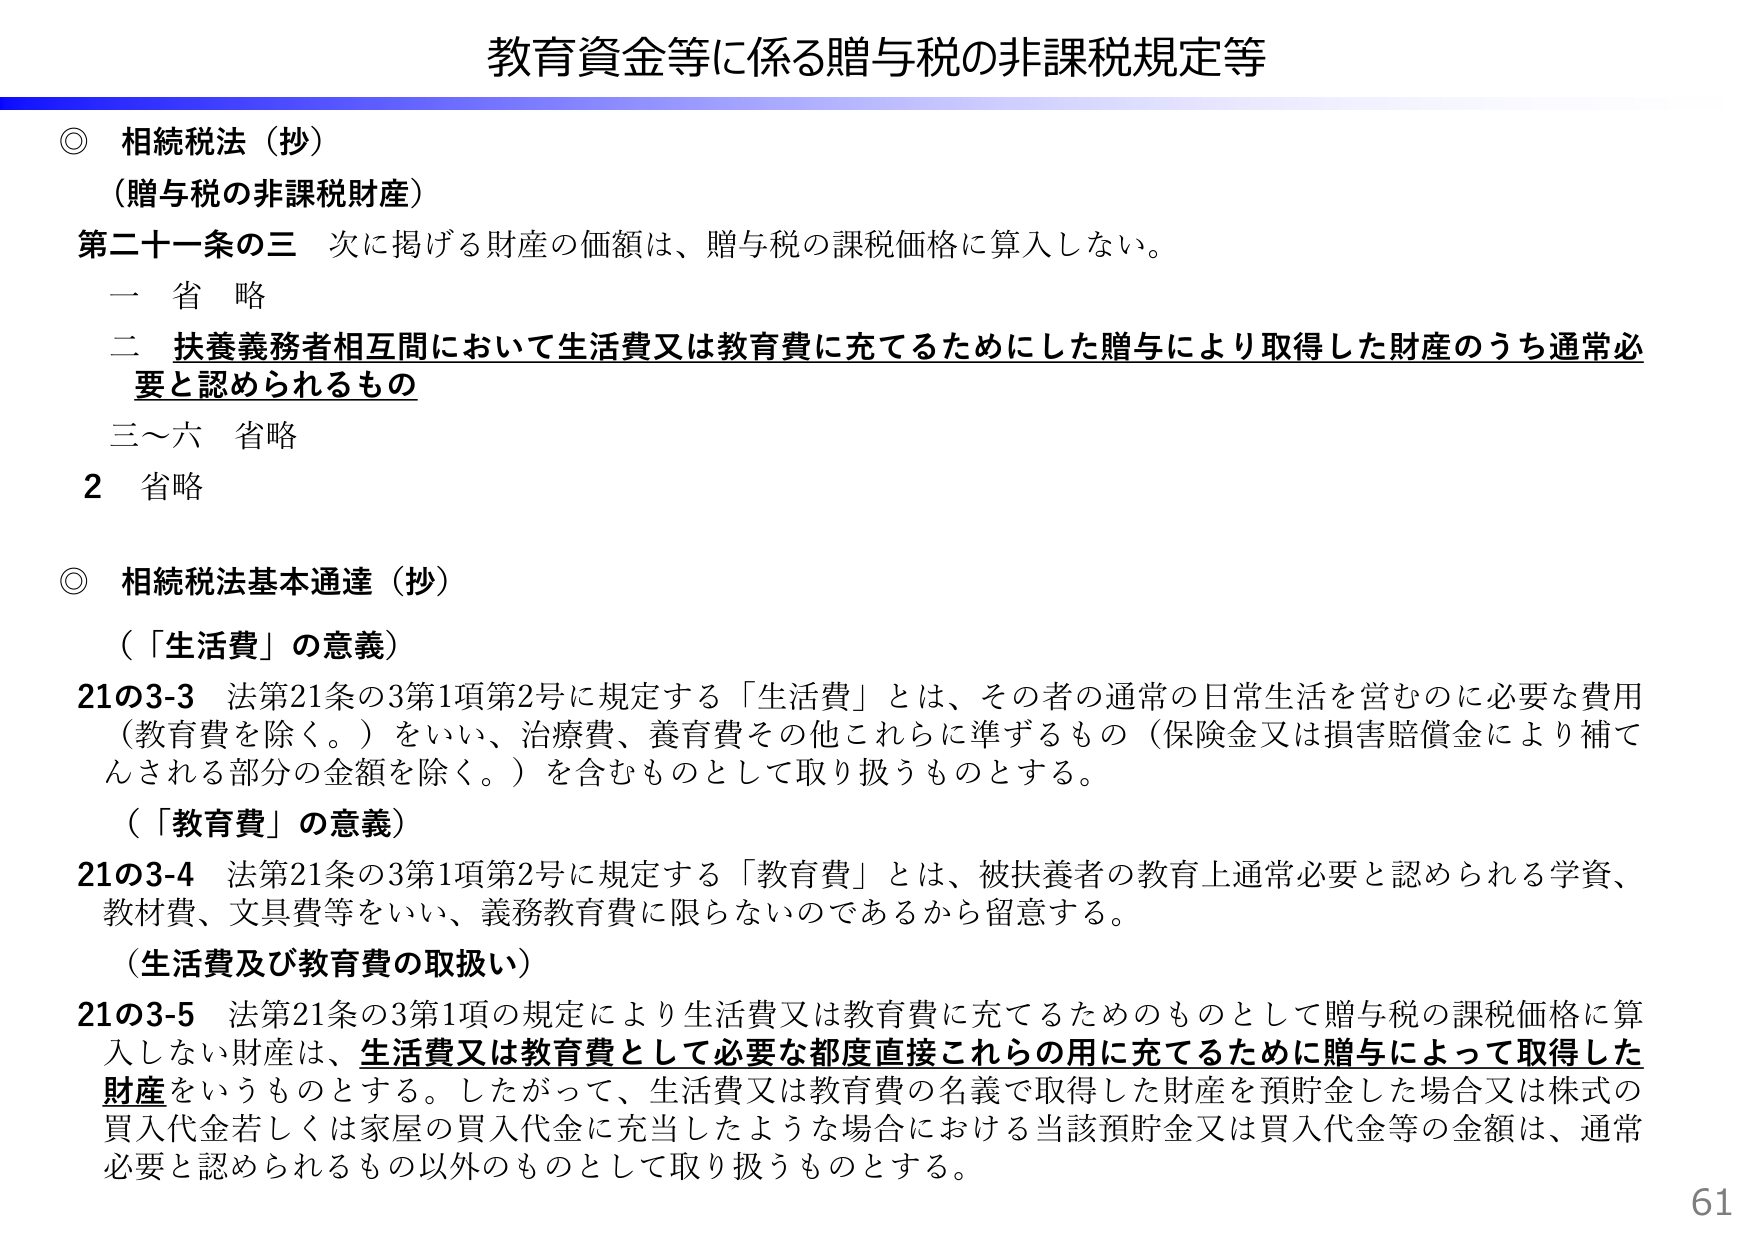
教育資金等に係る贈与税の非課税規定等

◎ 相続税法（抄）
（贈与税の非課税財産）
第二十一条の三 次に掲げる財産の価額は、贈与税の課税価格に算入しない。
　一 省略
　二 扶養義務者相互間において生活費又は教育費に充てるためにした贈与により取得した財産のうち通常必要と認められるもの
　三～六 省略
2 省略

◎ 相続税法基本通達（抄）
（「生活費」の意義）
21の3-3 法第21条の3第1項第2号に規定する「生活費」とは、その者の通常の日常生活を営むのに必要な費用（教育費を除く。）をいい、治療費、養育費その他これらに準ずるもの（保険金又は損害賠償金により補てんされる部分の金額を除く。）を含むものとして取り扱うものとする。
（「教育費」の意義）
21の3-4 法第21条の3第1項第2号に規定する「教育費」とは、被扶養者の教育上通常必要と認められる学資、教材費、文具費等をいい、義務教育費に限らないのであるから留意する。
（生活費及び教育費の取扱い）
21の3-5 法第21条の3第1項の規定により生活費又は教育費に充てるためのものとして贈与税の課税価格に算入しない財産は、生活費又は教育費として必要な都度直接これら の用に充てるために贈与によって取得した財産をいうものとする。したがって、生活費又は教育費の名義で取得した財産を預貯金した場合又は株式の買入代金若しくは家屋の買入代金に充当したような場合における当該預貯金又は買入代金等の金額は、通常必要と認められるもの以外のものとして取り扱うものとする。

61